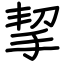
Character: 挈